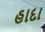
હાદા